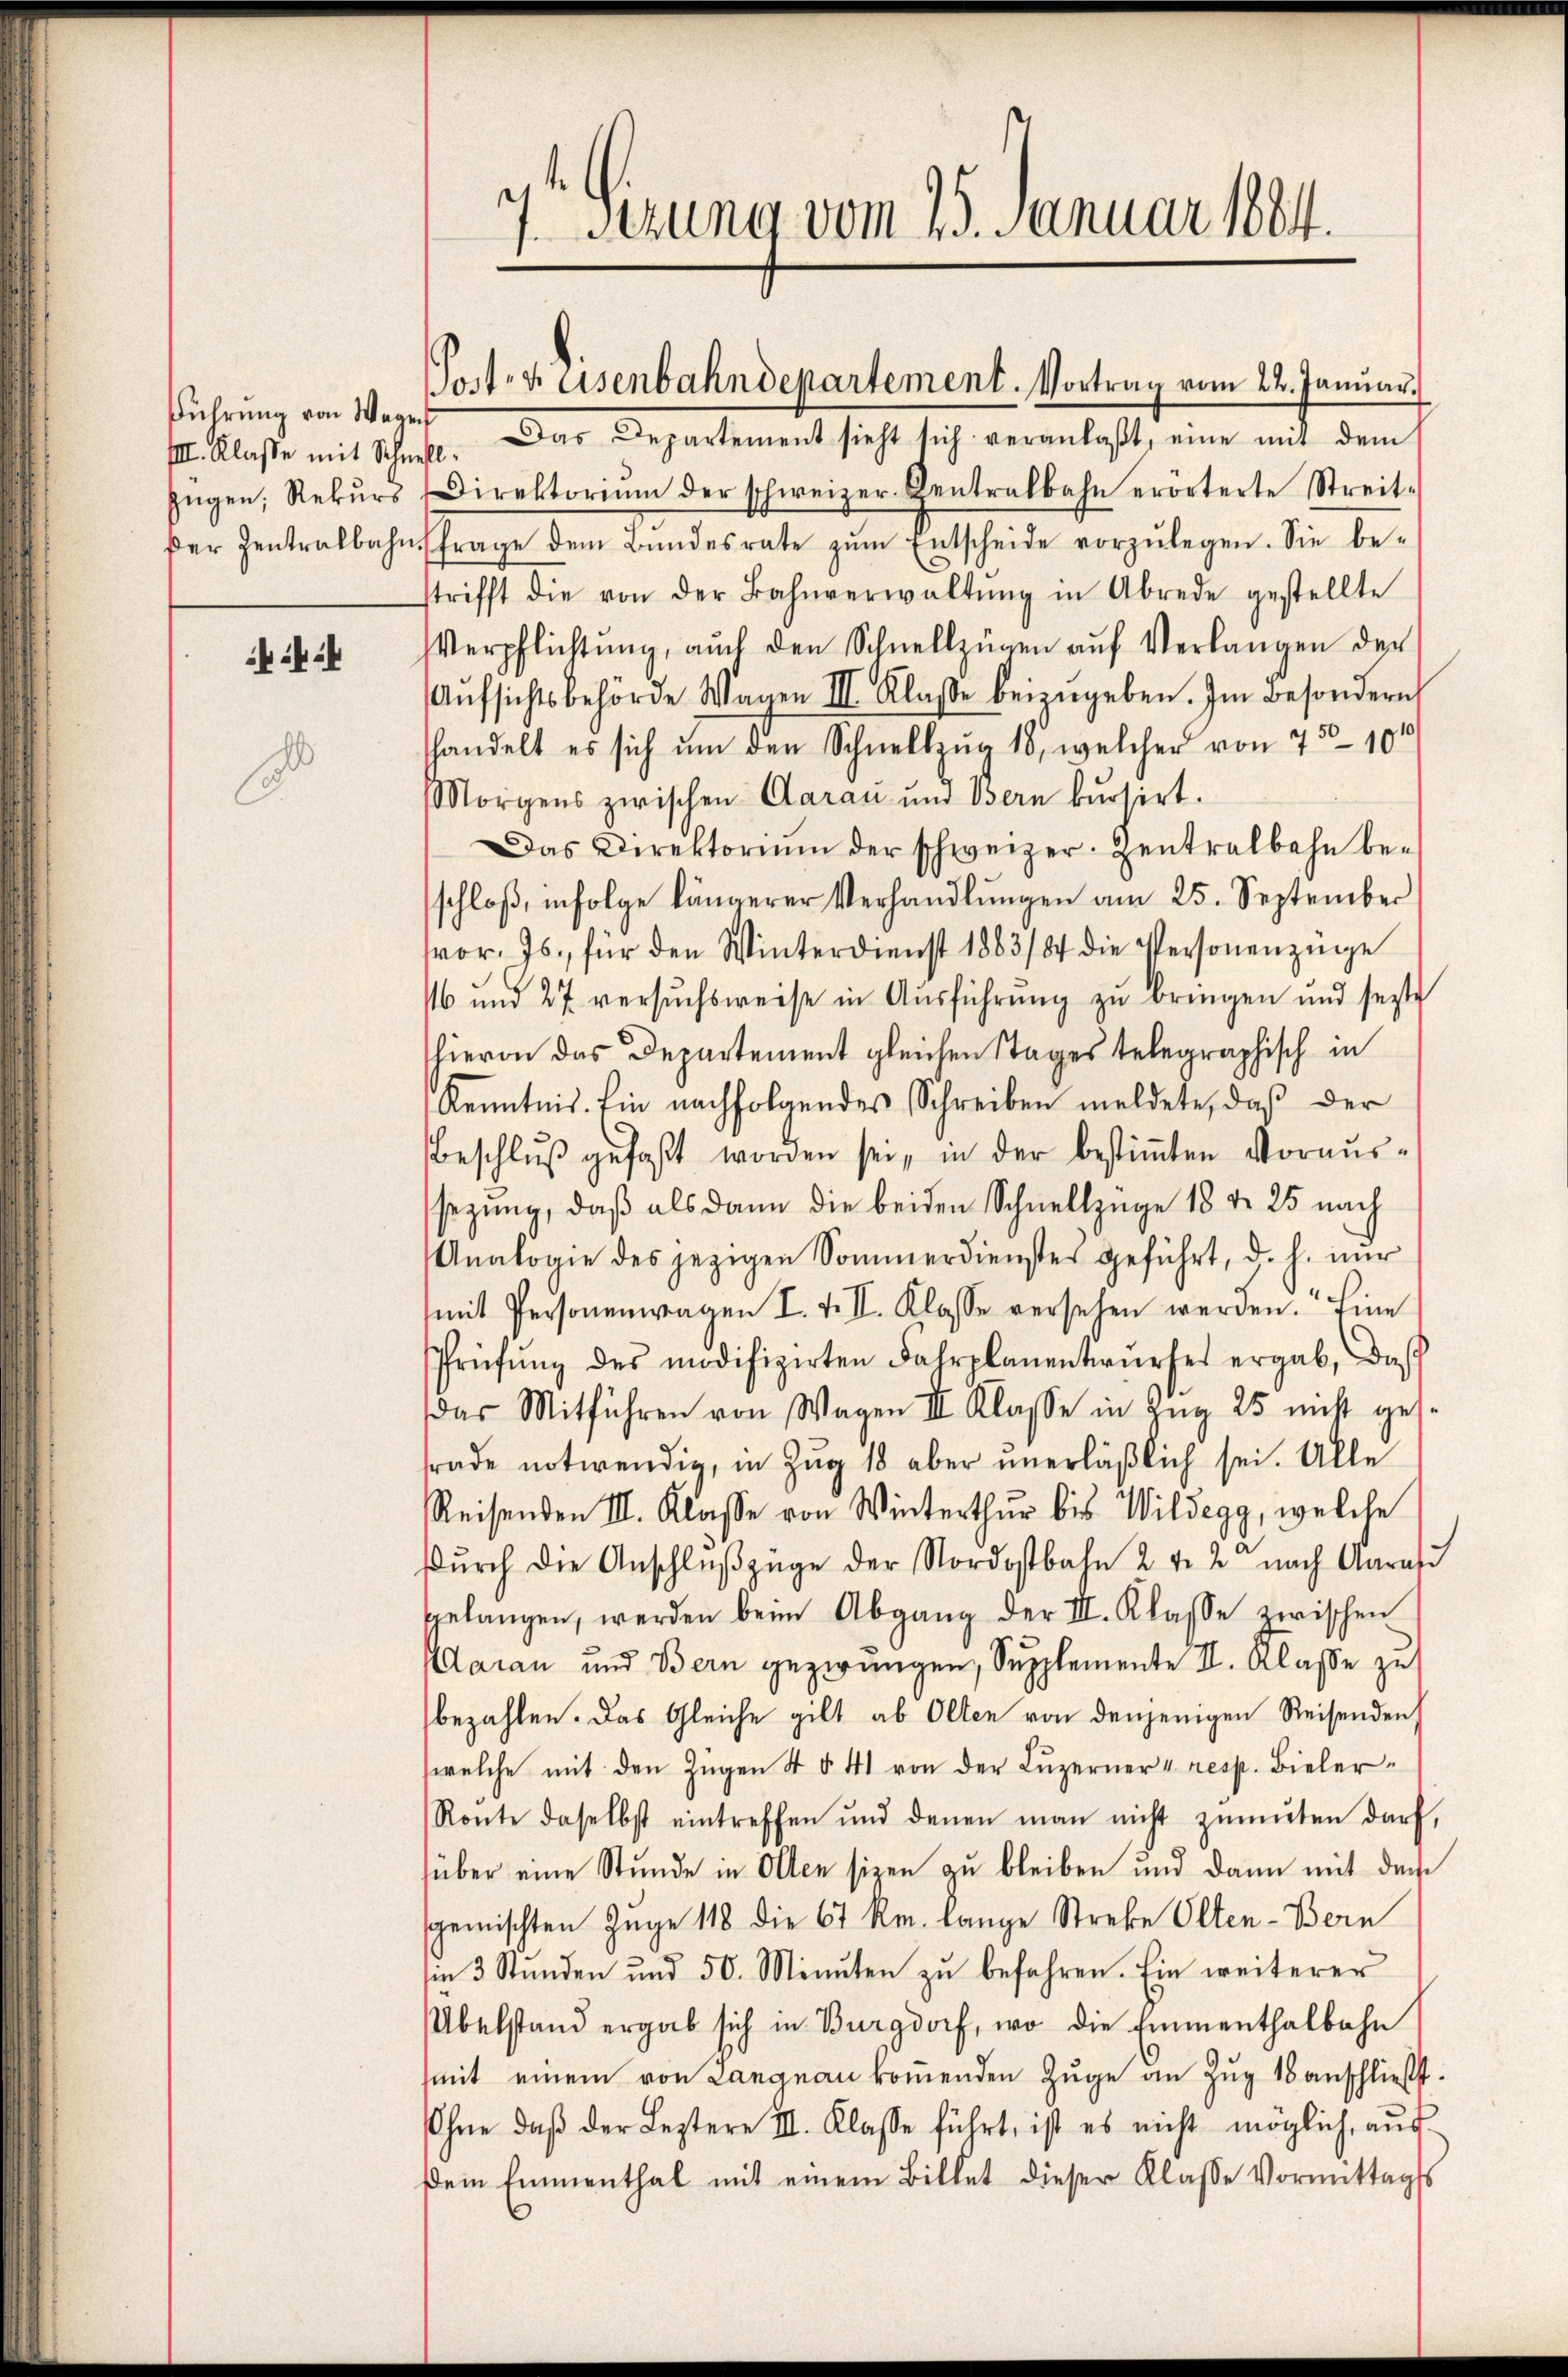
Führung von Wegens
Der Zentralbahn

fsezung vom 25. Januar 1884.

Posten Eisenbahndepartement. Vortrag vom 22. Januar

III. Klasse mit Schnell. Das Departement sieht sich veranlaβt, eine mit dem
Zügen, Rekŭrs Direktoriŭm der schweizer Zentralbahn erörterte Streit-
frage dem Bŭndesrate zŭm Entscheide vorzŭlegen. Sie be-
strifft die von der Bahnverwaltŭng in Abrede gestellte
Verpflichtŭng, auch den Schnellzügen aŭf Verlangen der
Aŭfsichtsbehörde Wagen III. Klasse beizŭgeben. Im Besondern
handelt es sich um den Schnellzug 18, welcher von 750 100
Morgens zwischen Aarau und Bern kŭrsirt.
Das Direktoriŭm der schweizer. Zentralbahn be-
schloß, infolge längerer Verhandlŭngen am 25. September
vor. Js. für den Winterdienst 1883/84 die Personenzüge
16 und 27. versuchsweise in Ausführung zu bringen und sezte
hievon das Departement gleichen Stages telegraphisch in
Kenntnis. Ein nachfolgendes Schreiben meldete, daß der
Beschlŭβ gefaßt worden sei, in der bestiṁten Voraŭs-
sezung, daβ als dann die beiden Schnellzüge 18 d. 25 nach
Analogie des jezigen Sommerdienster geführt, d. h. nur
mit Personenwagen I. 4. II. Klasse versehen werden. Eine
Prüfŭng des modifizirten Fahrplanentwŭrfes ergab, daß
das Mitführen von Wagen III Klasse in Zŭg 25 nicht gesrade notwendig, in Zug 18 aber unerläßlich sei. Alle
Reisenden III. Klasse von Winterthur bis Wildegg, welche
dŭrch die Anschlŭβzüge der Nordostbahn 2 u. 2 nach Aara
gelangen, werden beim Abgang der III. Klasse zwischen
Adaran und Bern gezwungen, Supplemente II. Klasse zu
bezahlen. Das Gleiche gilt ab Olten von denjenigen Reisenden
welche mit den Zügen 4 § 41 von der Luzerner 4 resp. Bieler-
Ronte daselbst eintreffen und denen man nicht zŭmŭten darf,
über eine Stunde in Olten sizen zu bleiben und dann mit dem
sgemischten Zuge 118 die 67 Rm. lange Strebe Olten-Bern
in 3 Stŭnden und 50. Minuten zŭ befahren. Ein weiterer
Übelstand ergab sich in Burgdorf, wo die Emmenthalbahn
mit einem von Langnau koṁenden Zŭge an Zug 18 anschließt:
Ohne daß der Leztere III. Klasse führt, ist es nicht möglich, aus
dem Emmenthal mit einem Billet dieser Klasse Vormittagss